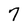
Character: 7